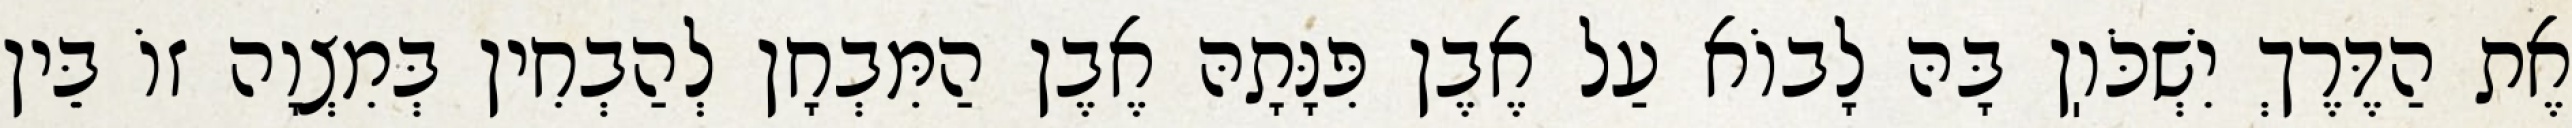
אֶת הַדֶּרֶךְ יִשְׁכֹּוֽן בָּהּ לָבוֹא עַל אֶבֶן פִּנָּתָהּ אֶבֶן הַמִּבְחָן לְהַבְחִין בְּמִצְוָה זוֹ בֵּין